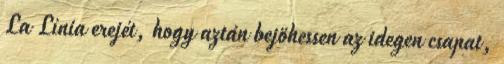
La Línia erejét, hogy aztán bejöhessen az idegen csapat,